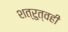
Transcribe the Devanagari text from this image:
शत्रुत्वही